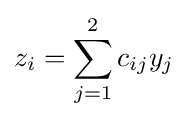
z_{i}=\sum _{j=1}^{2}c_{ij}y_{j}